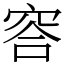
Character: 䆟